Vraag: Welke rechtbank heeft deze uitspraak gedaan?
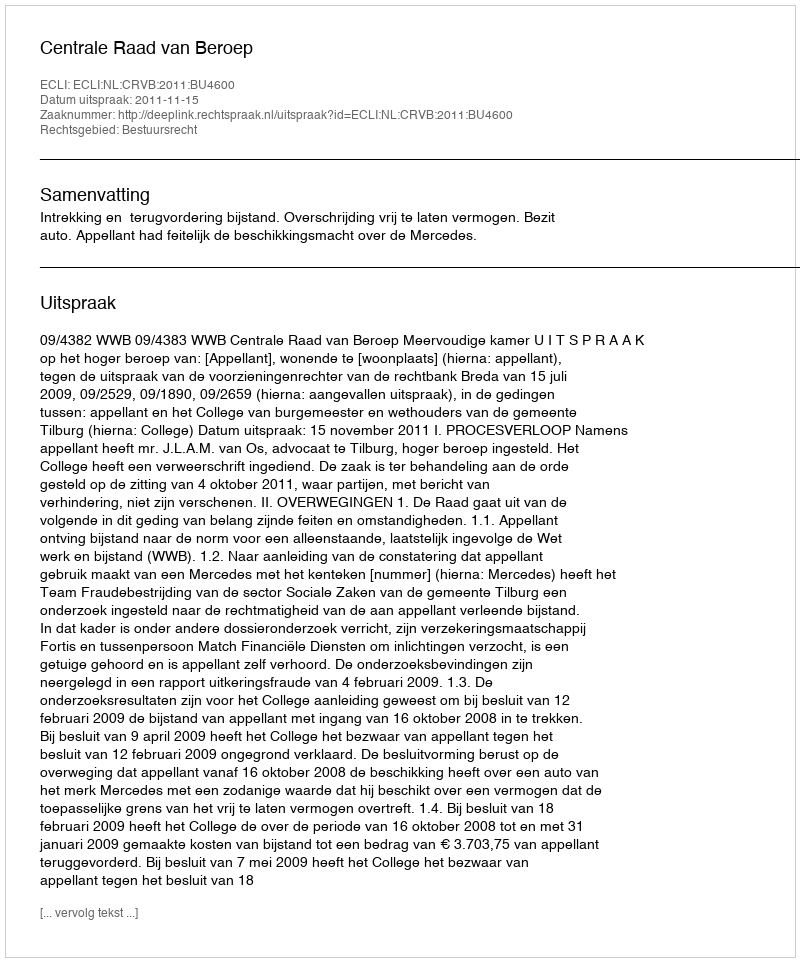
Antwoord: Centrale Raad van Beroep